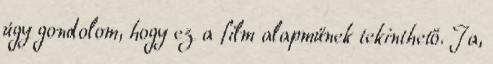
úgy gondolom, hogy ez a film alapműnek tekinthető. Ja,